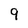
Character: 9